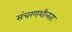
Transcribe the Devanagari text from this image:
संचरणशीलता